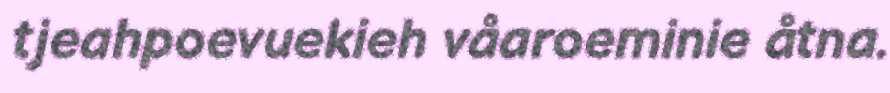
tjeahpoevuekieh våaroeminie åtna.